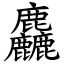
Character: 麤